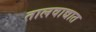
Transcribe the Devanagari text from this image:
तालवाद्यात